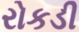
રોકડી